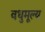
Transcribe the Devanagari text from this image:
वधुमूल्य